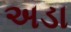
અડા